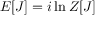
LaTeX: E [ J ] = i \ln Z [ J ]